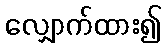
လျှောက်ထား၍